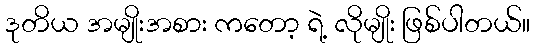
ဒုတိယ အမျိုးအစား ကတော့ ရဲ့ လိုမျိုး ဖြစ်ပါတယ်။